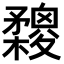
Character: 𣟮